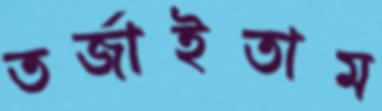
তর্জাইতাম